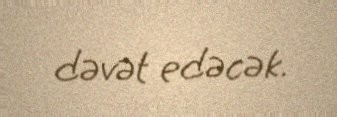
dəvət edəcək.